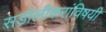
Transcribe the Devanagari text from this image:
सडोलीकरांविषयी